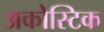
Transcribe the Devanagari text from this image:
अकोस्टिक